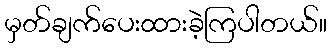
မှတ်ချက်ပေးထားခဲ့ကြပါတယ်။